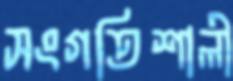
সংগতিশালী